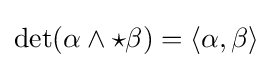
\det(\alpha \wedge {\star }\beta )=\langle \alpha ,\beta \rangle